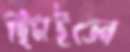
ছিটাইতেন